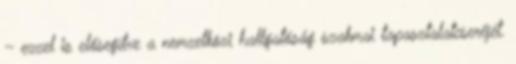
– ezzel is elősegítve a nemzetközi hallgatóság szakmai tapasztalatcseréjét.